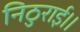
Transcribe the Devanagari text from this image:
निठुराई।।